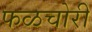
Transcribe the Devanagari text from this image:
फळचोरी